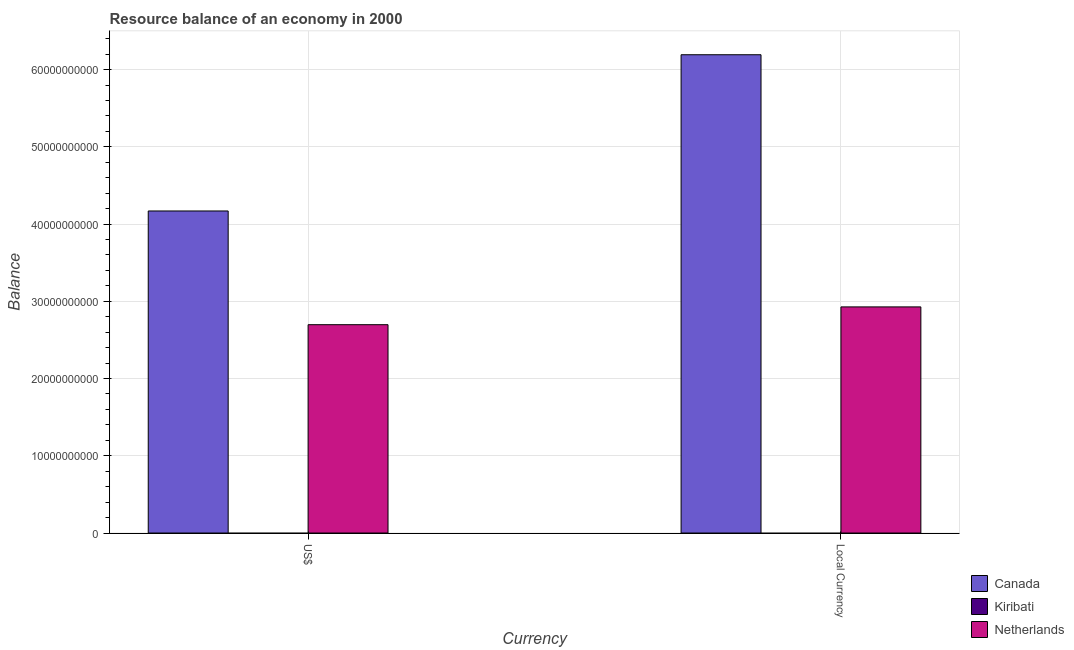
| Currency | Canada | Kiribati | Netherlands |
 | --- | --- | --- | --- |
 | US$ | 4.17e+10 | -5.38e+07 | 2.7e+10 |
 | Local Currency | 6.19e+10 | -9.27e+07 | 2.93e+10 |